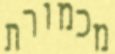
מכמורת